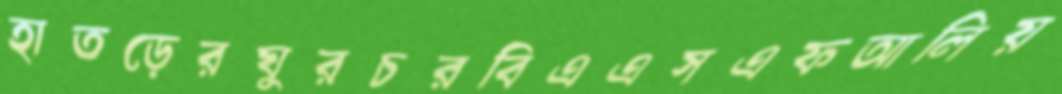
হাতড়েরঘুরচরবিএএসএফআলিয়